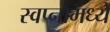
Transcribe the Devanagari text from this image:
स्वप्नामध्ये